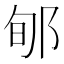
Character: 郇